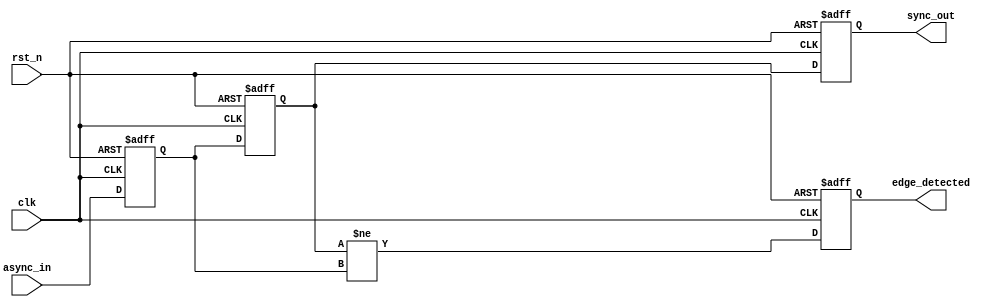
module async_to_sync_converter #(
    parameter WIDTH = 1  // Width of the input signal
)(
    input wire clk,                      // Synchronous clock input
    input wire [WIDTH-1:0] async_in,    // Asynchronous input signal from memory block
    input wire rst_n,                    // Active low reset
    output reg [WIDTH-1:0] sync_out,     // Synchronous output signal
    output reg edge_detected             // Edge detection output
);

    // Double flip-flop synchronizer for input signal
    reg [WIDTH-1:0] sync_ff_0;
    reg [WIDTH-1:0] sync_ff_1;

    always @(posedge clk or negedge rst_n) begin
        if (!rst_n) begin
            sync_ff_0 <= 0;
            sync_ff_1 <= 0;
            sync_out <= 0;
            edge_detected <= 0;
        end else begin
            sync_ff_0 <= async_in;       // First stage of the synchronizer
            sync_ff_1 <= sync_ff_0;      // Second stage of the synchronizer
            sync_out <= sync_ff_1;        // Provide synchronized output

            // Edge detection logic
            edge_detected <= (sync_ff_1 != sync_ff_0);  // Detecting edges
        end
    end

endmodule